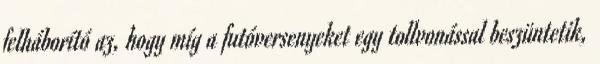
felháborító az, hogy míg a futóversenyeket egy tollvonással beszüntetik,